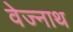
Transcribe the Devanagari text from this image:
वेज्नाथ